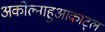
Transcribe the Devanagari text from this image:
अकोल्नाहुआकाट्ल